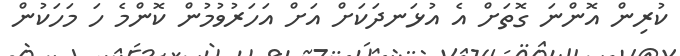
ކުރިން އޮންނަ ގޮތަށް އެ އުޅަނދަކަށް އަށް އަހަރުވުމުން ކޮންމެ ހަ މަހަކުން